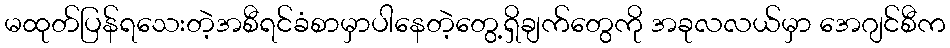
မထုတ်ပြန်ရသေးတဲ့အစီရင်ခံစာမှာပါနေတဲ့တွေ့ရှိချက်တွေကို အခုလလယ်မှာ အေဂျင်စီက